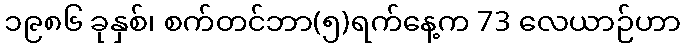
၁၉၈၆ ခုနှစ်၊ စက်တင်ဘာ(၅)ရက်နေ့က 73 လေယာဉ်ဟာ